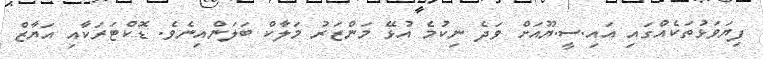
ފިޔަވަޅުތަކެއްގައި އައި.ސީ.ޔޫއަށް ވަދެ ނިކުމެ އުޅޭ މަންޒަރު މަލާކް ބަލަންއިނެވެ. ޑޮކްޓަރަކާއި އަޔާޒް